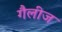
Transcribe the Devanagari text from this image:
गैलीज